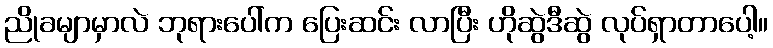
ညိုခမျာမှာလဲ ဘုရားပေါ်က ပြေးဆင်း လာပြီး ဟိုဆွဲဒီဆွဲ လုပ်ရှာတာပေါ့။